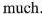
much.